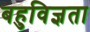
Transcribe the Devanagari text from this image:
बहुविज्ञता